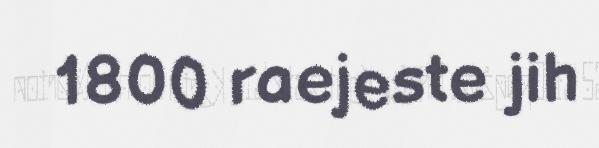
1800 raejeste jih